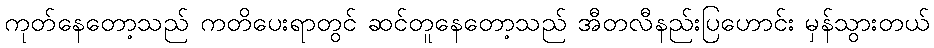
ကုတ်နေတော့သည် ကတိပေးရာတွင် ဆင်တူနေတော့သည် အီတလီနည်းပြဟောင်း မှန်သွားတယ်